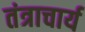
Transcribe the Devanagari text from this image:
तंत्राचार्य